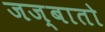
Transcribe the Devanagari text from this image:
जज्बातो